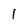
Character: 1